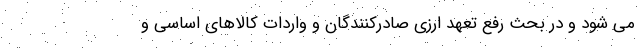
می شود و در بحث رفع تعهد ارزی صادرکنندگان و واردات کالاهای اساسی و